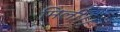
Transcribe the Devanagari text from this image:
मिली।।